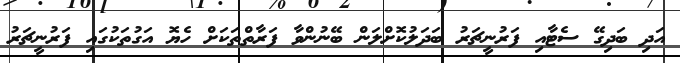
އަދި ބަދިގޭ ސެޓާއި ފަރުނީޗަރު ބަދަލުކޮށްލަން ބޭނުންވާ ފަރާތްތަކަށް ހެޔޮ އަގުތަކުގައި ފަރުނީޗަރު